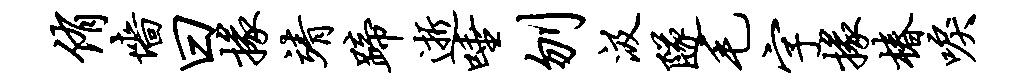
侑墙曰掾靖蹄逝唾刎汲隧毛字掾椿唳